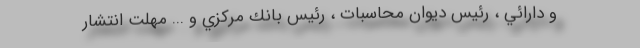
و دارائي ، رئيس ديوان محاسبات ،‌ رئيس بانك مركزي و ... مهلت انتشار